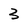
Character: 3